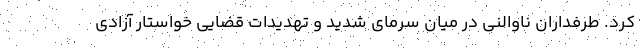
کرد. طرفداران ناوالنی در میان سرمای شدید و تهدیدات قضایی خواستار آزادی